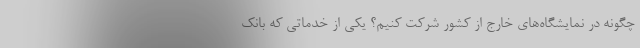
چگونه در نمایشگاه‌های خارج از کشور شرکت کنیم؟ یکی از خدماتی که بانک